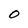
Character: 0